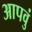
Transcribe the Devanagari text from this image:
आपवुं